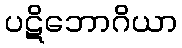
ပဋိဘောဂိယာ